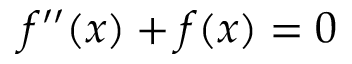
f ^ { \prime \prime } ( x ) + f ( x ) = 0